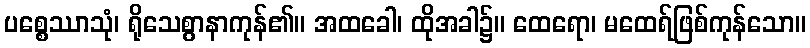
ပစ္စေဿာသုံ၊ ရိုသေစွာနာကုန်၏။ အထခေါ၊ ထိုအခါ၌။ ထေရော၊ မထေရ်ဖြစ်ကုန်သော။